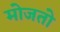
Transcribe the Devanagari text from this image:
मोजतो